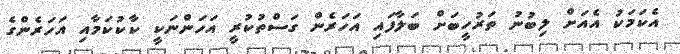
އެކަމަކު އެއަށް ލިބުނު ތަރުހީބަށް ބަލާފައި އަހަރެން ގަސްތުކުރީ އަހަންނަކީ ކާކުކަމާއި އަހަރެންގެ